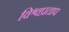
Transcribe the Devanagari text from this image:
विश्वप्रताप